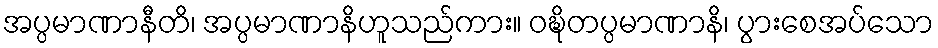
အပ္ပမာဏာနီတိ၊ အပ္ပမာဏာနိဟူသည်ကား။ ဝဍ္ဎိတပ္ပမာဏာနိ၊ ပွားစေအပ်သော